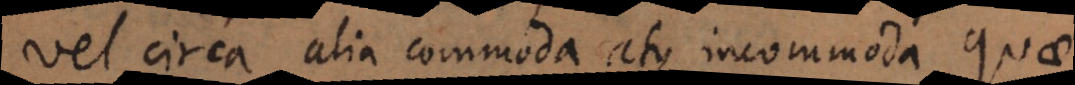
vel circa alia commoda atque incommoda quae